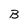
Character: B